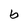
Character: 6